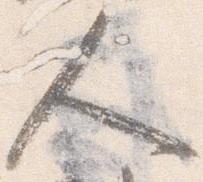
人